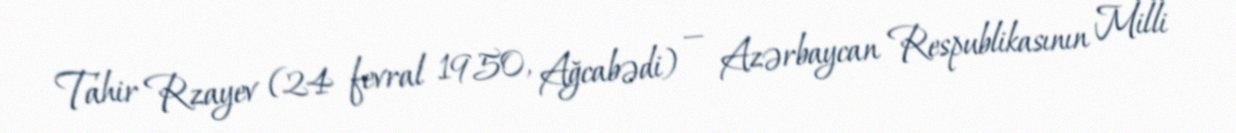
Tahir Rzayev (24 fevral 1950, Ağcabədi) — Azərbaycan Respublikasının Milli